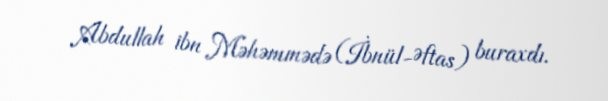
Abdullah ibn Məhəmmədə (İbnül-Əftas) buraxdı.